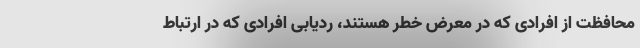
محافظت از افرادی که در معرض خطر هستند، ردیابی افرادی که در ارتباط